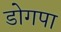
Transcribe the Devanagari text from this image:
डोगपा